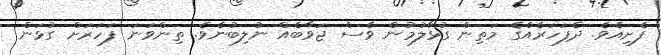
ފެށިއެވެ. ދެފަހަރެއްގެ މަތިން ގުޅާލުމުން ވެސް ޖަވާބެއް ނުލިބުނެވެ. ތިންވަނަ ފަހަރަށް ގުޅަން